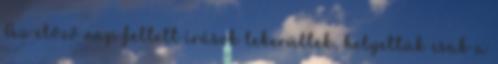
Az előző nap feltett írások lekerültek, helyettük csak a